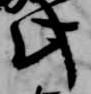
此